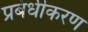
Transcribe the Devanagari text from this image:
प्रबंधीकरण